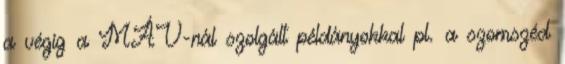
a végig a MÁV-nál szolgált példányokkal pl. a szomszéd